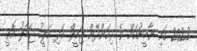
2023 ގައި ޔާމީނުއަށް ވެ ރިކަންދޭން ޖަމީލް އަދި މަލީހު ޖަމާލު އޮތީ